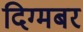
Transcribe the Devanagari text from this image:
दिग्मबर